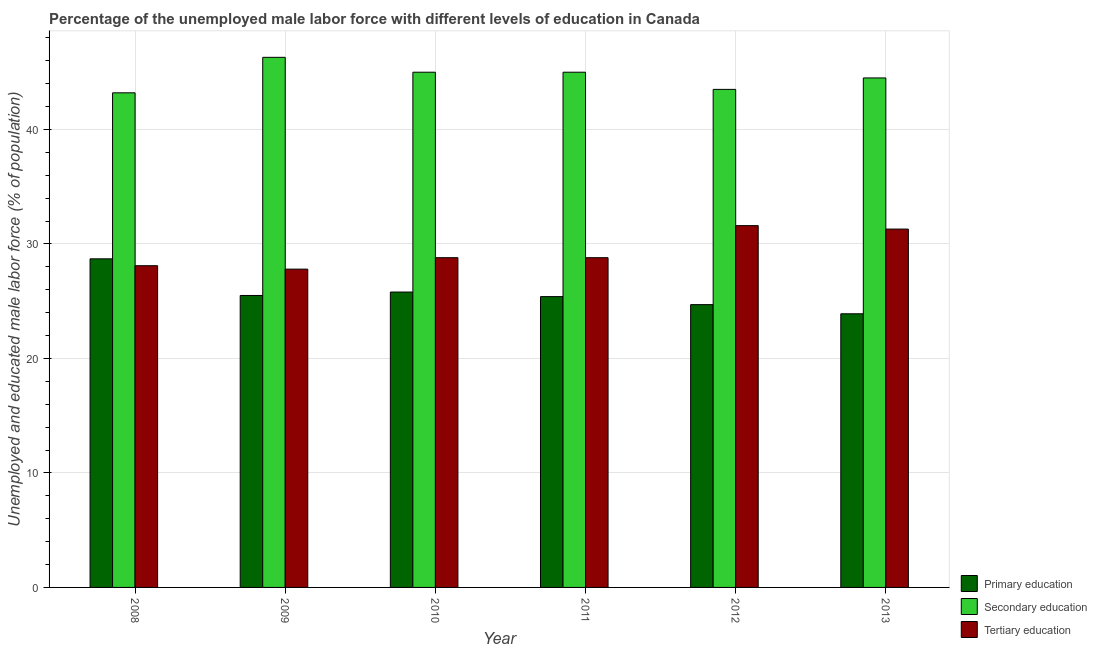
| Year | Primary education | Secondary education | Tertiary education |
 | --- | --- | --- | --- |
 | 2008 | 28.7 | 43.2 | 28.1 |
 | 2009 | 25.5 | 46.3 | 27.8 |
 | 2010 | 25.8 | 45 | 28.8 |
 | 2011 | 25.4 | 45 | 28.8 |
 | 2012 | 24.7 | 43.5 | 31.6 |
 | 2013 | 23.9 | 44.5 | 31.3 |